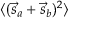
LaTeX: \langle ( { \vec { s } } _ { a } + { \vec { s } } _ { b } ) ^ { 2 } \rangle